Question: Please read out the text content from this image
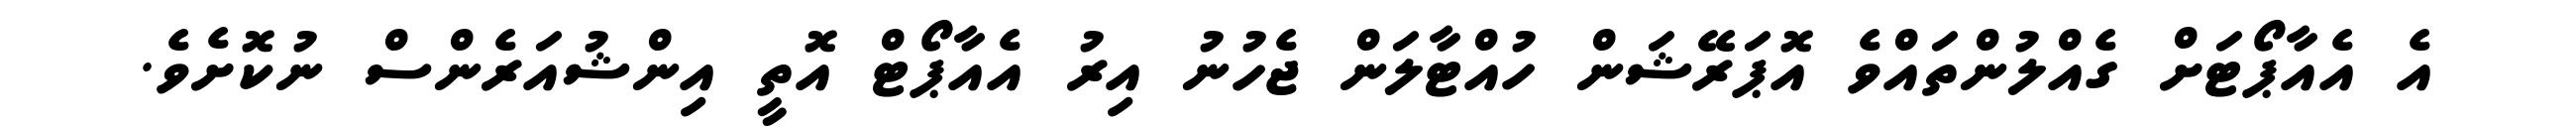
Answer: އެ އެއާޕޯޓަށް ގެއްލުންތައްވެ އޮޕަރޭޝަން ހުއްޓާލަން ޖެހުނު އިރު އެއާޕޯޓް އޮތީ އިންޝުއަރެންސް ނުކޮށެވެ.